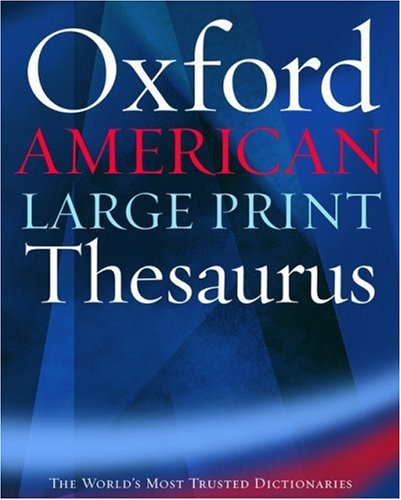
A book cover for The Oxford American Large Print Thesaurus; Reference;